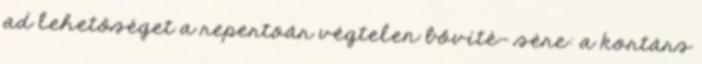
ad lehetőséget a repertoár végtelen bővíté- sére: a kortárs